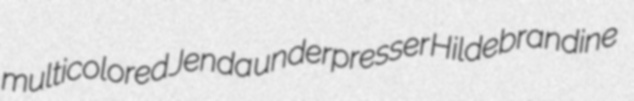
multicolored Jenda underpresser Hildebrandine